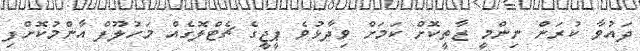
ދައުވާ ކުރަން ނިންމީ ޒާތީކޮށް ކަމަށް ވިދާޅުވެ ޕީޖީގެ ޗެޓްލޮގެއް މަހުލޫފް އާންމުކޮށްފި